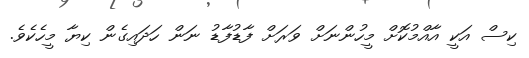
ކިސް އަކީ އާއްމުކޮށް މީހުންނަށް ވަރަށް ފާޑުފާޑު ނަން ހަދައިގެން ކިޔާ މީހެކެވެ.